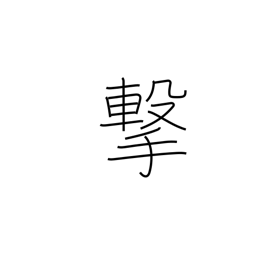
Meaning: attack